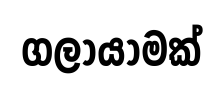
ගලායාමක්